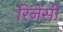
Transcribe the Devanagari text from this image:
रिजेंसी